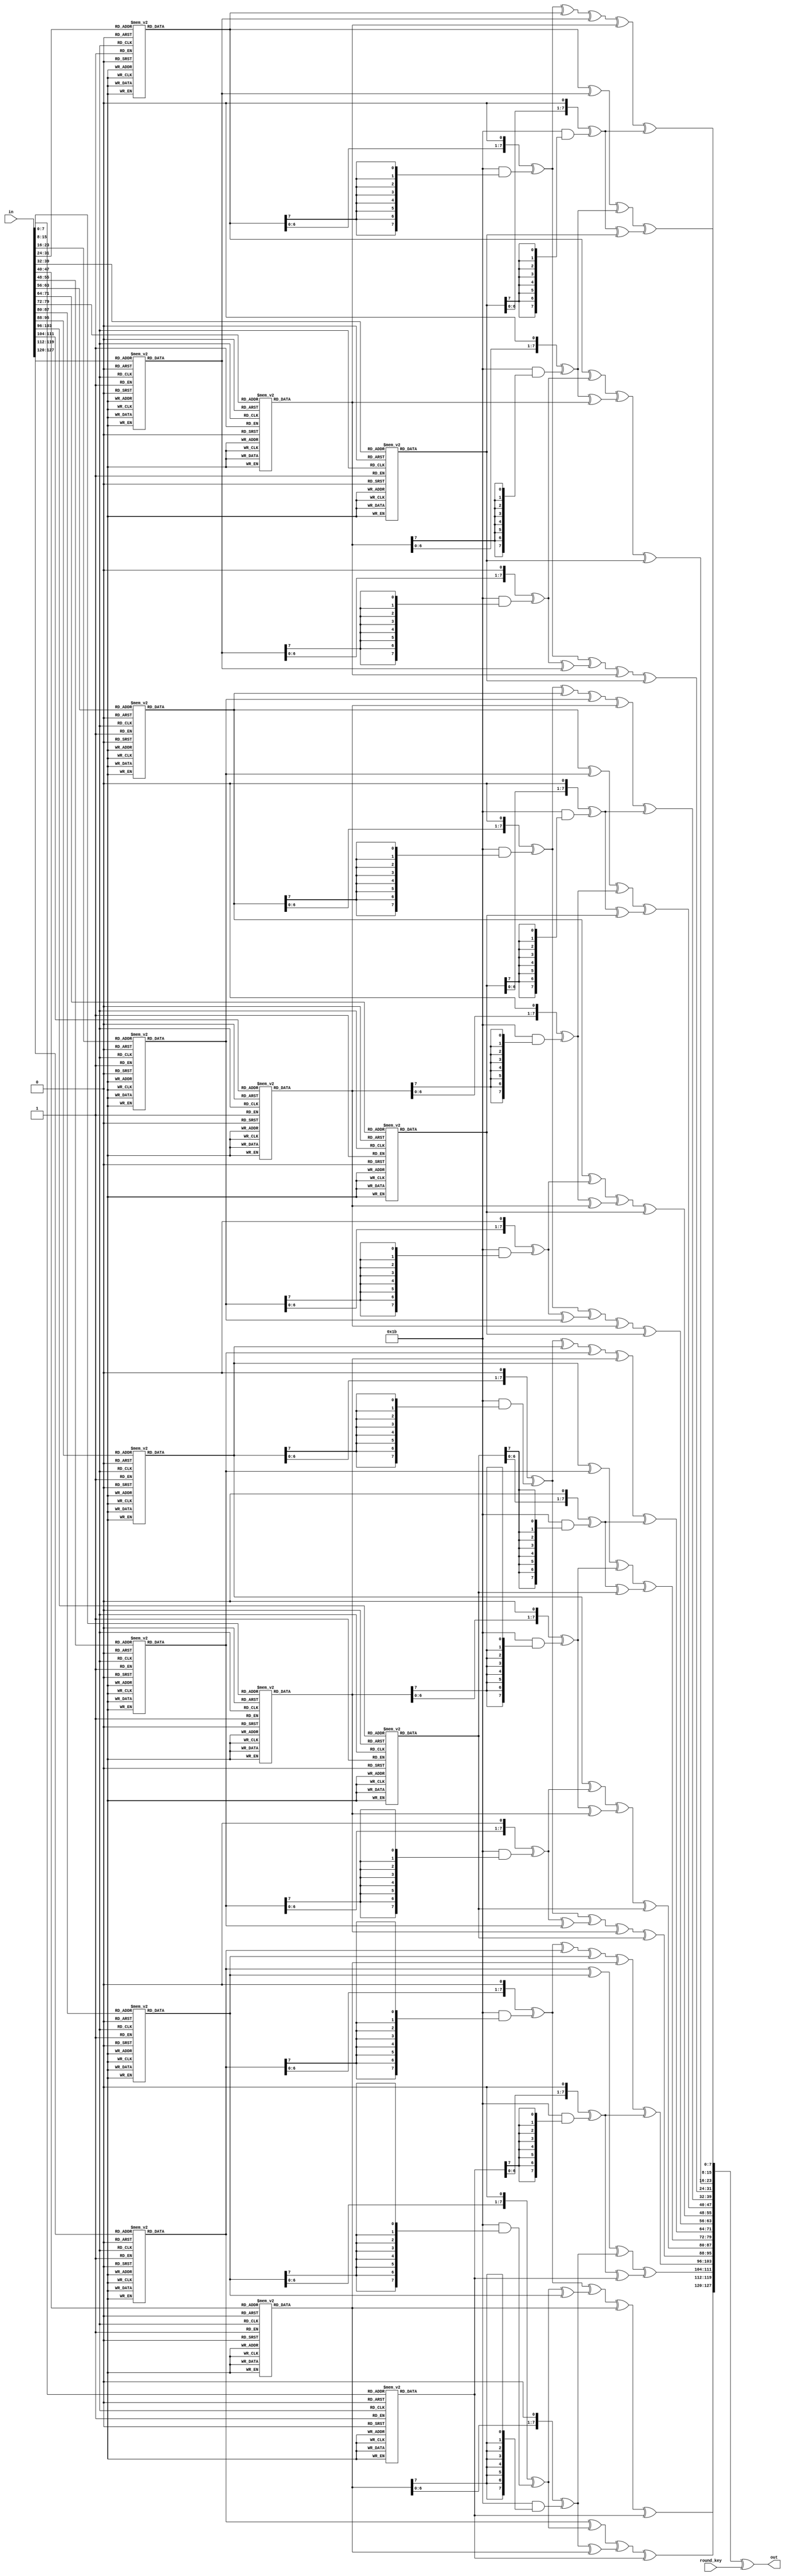
//======================================================================
//
// snow5_aes_round.v
// -----------------
// The AES encipher round function used in the SNOW-V core.
// This is a combinational block.
//
//
// Copyright (c) 2019, Assured AB
// All rights reserved.
//
// Redistribution and use in source and binary forms, with or
// without modification, are permitted provided that the following
// conditions are met:
//
// 1. Redistributions of source code must retain the above copyright
//    notice, this list of conditions and the following disclaimer.
//
// 2. Redistributions in binary form must reproduce the above copyright
//    notice, this list of conditions and the following disclaimer in
//    the documentation and/or other materials provided with the
//    distribution.
//
// THIS SOFTWARE IS PROVIDED BY THE COPYRIGHT HOLDERS AND CONTRIBUTORS
// "AS IS" AND ANY EXPRESS OR IMPLIED WARRANTIES, INCLUDING, BUT NOT
// LIMITED TO, THE IMPLIED WARRANTIES OF MERCHANTABILITY AND FITNESS
// FOR A PARTICULAR PURPOSE ARE DISCLAIMED. IN NO EVENT SHALL THE
// COPYRIGHT OWNER OR CONTRIBUTORS BE LIABLE FOR ANY DIRECT, INDIRECT,
// INCIDENTAL, SPECIAL, EXEMPLARY, OR CONSEQUENTIAL DAMAGES (INCLUDING,
// BUT NOT LIMITED TO, PROCUREMENT OF SUBSTITUTE GOODS OR SERVICES;
// LOSS OF USE, DATA, OR PROFITS; OR BUSINESS INTERRUPTION) HOWEVER
// CAUSED AND ON ANY THEORY OF LIABILITY, WHETHER IN CONTRACT,
// STRICT LIABILITY, OR TORT (INCLUDING NEGLIGENCE OR OTHERWISE)
// ARISING IN ANY WAY OUT OF THE USE OF THIS SOFTWARE, EVEN IF
// ADVISED OF THE POSSIBILITY OF SUCH DAMAGE.
//
//======================================================================

module snow5_aes_round(
                       input wire [127 : 0]  round_key,
                       input wire [127 : 0]  in,
                       output wire [127 : 0] out
                      );

  //----------------------------------------------------------------
  // Round functions with sub functions.
  //----------------------------------------------------------------
  function [7 : 0] sbox(input [7 : 0] b);
    begin
      case (b)
        8'h00: sbox = 8'h63;
        8'h01: sbox = 8'h7c;
        8'h02: sbox = 8'h77;
        8'h03: sbox = 8'h7b;
        8'h04: sbox = 8'hf2;
        8'h05: sbox = 8'h6b;
        8'h06: sbox = 8'h6f;
        8'h07: sbox = 8'hc5;
        8'h08: sbox = 8'h30;
        8'h09: sbox = 8'h01;
        8'h0a: sbox = 8'h67;
        8'h0b: sbox = 8'h2b;
        8'h0c: sbox = 8'hfe;
        8'h0d: sbox = 8'hd7;
        8'h0e: sbox = 8'hab;
        8'h0f: sbox = 8'h76;
        8'h10: sbox = 8'hca;
        8'h11: sbox = 8'h82;
        8'h12: sbox = 8'hc9;
        8'h13: sbox = 8'h7d;
        8'h14: sbox = 8'hfa;
        8'h15: sbox = 8'h59;
        8'h16: sbox = 8'h47;
        8'h17: sbox = 8'hf0;
        8'h18: sbox = 8'had;
        8'h19: sbox = 8'hd4;
        8'h1a: sbox = 8'ha2;
        8'h1b: sbox = 8'haf;
        8'h1c: sbox = 8'h9c;
        8'h1d: sbox = 8'ha4;
        8'h1e: sbox = 8'h72;
        8'h1f: sbox = 8'hc0;
        8'h20: sbox = 8'hb7;
        8'h21: sbox = 8'hfd;
        8'h22: sbox = 8'h93;
        8'h23: sbox = 8'h26;
        8'h24: sbox = 8'h36;
        8'h25: sbox = 8'h3f;
        8'h26: sbox = 8'hf7;
        8'h27: sbox = 8'hcc;
        8'h28: sbox = 8'h34;
        8'h29: sbox = 8'ha5;
        8'h2a: sbox = 8'he5;
        8'h2b: sbox = 8'hf1;
        8'h2c: sbox = 8'h71;
        8'h2d: sbox = 8'hd8;
        8'h2e: sbox = 8'h31;
        8'h2f: sbox = 8'h15;
        8'h30: sbox = 8'h04;
        8'h31: sbox = 8'hc7;
        8'h32: sbox = 8'h23;
        8'h33: sbox = 8'hc3;
        8'h34: sbox = 8'h18;
        8'h35: sbox = 8'h96;
        8'h36: sbox = 8'h05;
        8'h37: sbox = 8'h9a;
        8'h38: sbox = 8'h07;
        8'h39: sbox = 8'h12;
        8'h3a: sbox = 8'h80;
        8'h3b: sbox = 8'he2;
        8'h3c: sbox = 8'heb;
        8'h3d: sbox = 8'h27;
        8'h3e: sbox = 8'hb2;
        8'h3f: sbox = 8'h75;
        8'h40: sbox = 8'h09;
        8'h41: sbox = 8'h83;
        8'h42: sbox = 8'h2c;
        8'h43: sbox = 8'h1a;
        8'h44: sbox = 8'h1b;
        8'h45: sbox = 8'h6e;
        8'h46: sbox = 8'h5a;
        8'h47: sbox = 8'ha0;
        8'h48: sbox = 8'h52;
        8'h49: sbox = 8'h3b;
        8'h4a: sbox = 8'hd6;
        8'h4b: sbox = 8'hb3;
        8'h4c: sbox = 8'h29;
        8'h4d: sbox = 8'he3;
        8'h4e: sbox = 8'h2f;
        8'h4f: sbox = 8'h84;
        8'h50: sbox = 8'h53;
        8'h51: sbox = 8'hd1;
        8'h52: sbox = 8'h00;
        8'h53: sbox = 8'hed;
        8'h54: sbox = 8'h20;
        8'h55: sbox = 8'hfc;
        8'h56: sbox = 8'hb1;
        8'h57: sbox = 8'h5b;
        8'h58: sbox = 8'h6a;
        8'h59: sbox = 8'hcb;
        8'h5a: sbox = 8'hbe;
        8'h5b: sbox = 8'h39;
        8'h5c: sbox = 8'h4a;
        8'h5d: sbox = 8'h4c;
        8'h5e: sbox = 8'h58;
        8'h5f: sbox = 8'hcf;
        8'h60: sbox = 8'hd0;
        8'h61: sbox = 8'hef;
        8'h62: sbox = 8'haa;
        8'h63: sbox = 8'hfb;
        8'h64: sbox = 8'h43;
        8'h65: sbox = 8'h4d;
        8'h66: sbox = 8'h33;
        8'h67: sbox = 8'h85;
        8'h68: sbox = 8'h45;
        8'h69: sbox = 8'hf9;
        8'h6a: sbox = 8'h02;
        8'h6b: sbox = 8'h7f;
        8'h6c: sbox = 8'h50;
        8'h6d: sbox = 8'h3c;
        8'h6e: sbox = 8'h9f;
        8'h6f: sbox = 8'ha8;
        8'h70: sbox = 8'h51;
        8'h71: sbox = 8'ha3;
        8'h72: sbox = 8'h40;
        8'h73: sbox = 8'h8f;
        8'h74: sbox = 8'h92;
        8'h75: sbox = 8'h9d;
        8'h76: sbox = 8'h38;
        8'h77: sbox = 8'hf5;
        8'h78: sbox = 8'hbc;
        8'h79: sbox = 8'hb6;
        8'h7a: sbox = 8'hda;
        8'h7b: sbox = 8'h21;
        8'h7c: sbox = 8'h10;
        8'h7d: sbox = 8'hff;
        8'h7e: sbox = 8'hf3;
        8'h7f: sbox = 8'hd2;
        8'h80: sbox = 8'hcd;
        8'h81: sbox = 8'h0c;
        8'h82: sbox = 8'h13;
        8'h83: sbox = 8'hec;
        8'h84: sbox = 8'h5f;
        8'h85: sbox = 8'h97;
        8'h86: sbox = 8'h44;
        8'h87: sbox = 8'h17;
        8'h88: sbox = 8'hc4;
        8'h89: sbox = 8'ha7;
        8'h8a: sbox = 8'h7e;
        8'h8b: sbox = 8'h3d;
        8'h8c: sbox = 8'h64;
        8'h8d: sbox = 8'h5d;
        8'h8e: sbox = 8'h19;
        8'h8f: sbox = 8'h73;
        8'h90: sbox = 8'h60;
        8'h91: sbox = 8'h81;
        8'h92: sbox = 8'h4f;
        8'h93: sbox = 8'hdc;
        8'h94: sbox = 8'h22;
        8'h95: sbox = 8'h2a;
        8'h96: sbox = 8'h90;
        8'h97: sbox = 8'h88;
        8'h98: sbox = 8'h46;
        8'h99: sbox = 8'hee;
        8'h9a: sbox = 8'hb8;
        8'h9b: sbox = 8'h14;
        8'h9c: sbox = 8'hde;
        8'h9d: sbox = 8'h5e;
        8'h9e: sbox = 8'h0b;
        8'h9f: sbox = 8'hdb;
        8'ha0: sbox = 8'he0;
        8'ha1: sbox = 8'h32;
        8'ha2: sbox = 8'h3a;
        8'ha3: sbox = 8'h0a;
        8'ha4: sbox = 8'h49;
        8'ha5: sbox = 8'h06;
        8'ha6: sbox = 8'h24;
        8'ha7: sbox = 8'h5c;
        8'ha8: sbox = 8'hc2;
        8'ha9: sbox = 8'hd3;
        8'haa: sbox = 8'hac;
        8'hab: sbox = 8'h62;
        8'hac: sbox = 8'h91;
        8'had: sbox = 8'h95;
        8'hae: sbox = 8'he4;
        8'haf: sbox = 8'h79;
        8'hb0: sbox = 8'he7;
        8'hb1: sbox = 8'hc8;
        8'hb2: sbox = 8'h37;
        8'hb3: sbox = 8'h6d;
        8'hb4: sbox = 8'h8d;
        8'hb5: sbox = 8'hd5;
        8'hb6: sbox = 8'h4e;
        8'hb7: sbox = 8'ha9;
        8'hb8: sbox = 8'h6c;
        8'hb9: sbox = 8'h56;
        8'hba: sbox = 8'hf4;
        8'hbb: sbox = 8'hea;
        8'hbc: sbox = 8'h65;
        8'hbd: sbox = 8'h7a;
        8'hbe: sbox = 8'hae;
        8'hbf: sbox = 8'h08;
        8'hc0: sbox = 8'hba;
        8'hc1: sbox = 8'h78;
        8'hc2: sbox = 8'h25;
        8'hc3: sbox = 8'h2e;
        8'hc4: sbox = 8'h1c;
        8'hc5: sbox = 8'ha6;
        8'hc6: sbox = 8'hb4;
        8'hc7: sbox = 8'hc6;
        8'hc8: sbox = 8'he8;
        8'hc9: sbox = 8'hdd;
        8'hca: sbox = 8'h74;
        8'hcb: sbox = 8'h1f;
        8'hcc: sbox = 8'h4b;
        8'hcd: sbox = 8'hbd;
        8'hce: sbox = 8'h8b;
        8'hcf: sbox = 8'h8a;
        8'hd0: sbox = 8'h70;
        8'hd1: sbox = 8'h3e;
        8'hd2: sbox = 8'hb5;
        8'hd3: sbox = 8'h66;
        8'hd4: sbox = 8'h48;
        8'hd5: sbox = 8'h03;
        8'hd6: sbox = 8'hf6;
        8'hd7: sbox = 8'h0e;
        8'hd8: sbox = 8'h61;
        8'hd9: sbox = 8'h35;
        8'hda: sbox = 8'h57;
        8'hdb: sbox = 8'hb9;
        8'hdc: sbox = 8'h86;
        8'hdd: sbox = 8'hc1;
        8'hde: sbox = 8'h1d;
        8'hdf: sbox = 8'h9e;
        8'he0: sbox = 8'he1;
        8'he1: sbox = 8'hf8;
        8'he2: sbox = 8'h98;
        8'he3: sbox = 8'h11;
        8'he4: sbox = 8'h69;
        8'he5: sbox = 8'hd9;
        8'he6: sbox = 8'h8e;
        8'he7: sbox = 8'h94;
        8'he8: sbox = 8'h9b;
        8'he9: sbox = 8'h1e;
        8'hea: sbox = 8'h87;
        8'heb: sbox = 8'he9;
        8'hec: sbox = 8'hce;
        8'hed: sbox = 8'h55;
        8'hee: sbox = 8'h28;
        8'hef: sbox = 8'hdf;
        8'hf0: sbox = 8'h8c;
        8'hf1: sbox = 8'ha1;
        8'hf2: sbox = 8'h89;
        8'hf3: sbox = 8'h0d;
        8'hf4: sbox = 8'hbf;
        8'hf5: sbox = 8'he6;
        8'hf6: sbox = 8'h42;
        8'hf7: sbox = 8'h68;
        8'hf8: sbox = 8'h41;
        8'hf9: sbox = 8'h99;
        8'hfa: sbox = 8'h2d;
        8'hfb: sbox = 8'h0f;
        8'hfc: sbox = 8'hb0;
        8'hfd: sbox = 8'h54;
        8'hfe: sbox = 8'hbb;
        8'hff: sbox = 8'h16;
      endcase // case (b)
    end
  endfunction // sbox

  function [127 : 0] subbytes(input [127 : 0] block);
    begin
      subbytes = {sbox(block[127 : 120]), sbox(block[119 : 112]),
                  sbox(block[111 : 104]), sbox(block[103 : 096]),
                  sbox(block[095 : 088]), sbox(block[087 : 080]),
                  sbox(block[079 : 072]), sbox(block[071 : 064]),
                  sbox(block[063 : 056]), sbox(block[055 : 048]),
                  sbox(block[047 : 040]), sbox(block[039 : 032]),
                  sbox(block[031 : 024]), sbox(block[023 : 016]),
                  sbox(block[015 : 008]), sbox(block[007 : 000])};
    end
  endfunction // subbytes

  function [7 : 0] gm2(input [7 : 0] op);
    begin
      gm2 = {op[6 : 0], 1'b0} ^ (8'h1b & {8{op[7]}});
    end
  endfunction // gm2

  function [7 : 0] gm3(input [7 : 0] op);
    begin
      gm3 = gm2(op) ^ op;
    end
  endfunction // gm3

  function [31 : 0] mixw(input [31 : 0] w);
    reg [7 : 0] b0, b1, b2, b3;
    reg [7 : 0] mb0, mb1, mb2, mb3;
    begin
      b0 = w[31 : 24];
      b1 = w[23 : 16];
      b2 = w[15 : 08];
      b3 = w[07 : 00];

      mb0 = gm2(b0) ^ gm3(b1) ^ b2      ^ b3;
      mb1 = b0      ^ gm2(b1) ^ gm3(b2) ^ b3;
      mb2 = b0      ^ b1      ^ gm2(b2) ^ gm3(b3);
      mb3 = gm3(b0) ^ b1      ^ b2      ^ gm2(b3);

      mixw = {mb0, mb1, mb2, mb3};
    end
  endfunction // mixw

  function [127 : 0] mixcolumns(input [127 : 0] data);
    reg [31 : 0] w0, w1, w2, w3;
    reg [31 : 0] ws0, ws1, ws2, ws3;
    begin
      w0 = data[127 : 096];
      w1 = data[095 : 064];
      w2 = data[063 : 032];
      w3 = data[031 : 000];

      ws0 = mixw(w0);
      ws1 = mixw(w1);
      ws2 = mixw(w2);
      ws3 = mixw(w3);

      mixcolumns = {ws0, ws1, ws2, ws3};
    end
  endfunction // mixcolumns

  function [127 : 0] shiftrows(input [127 : 0] data);
    reg [31 : 0] w0, w1, w2, w3;
    reg [31 : 0] ws0, ws1, ws2, ws3;
    begin
      w0 = data[127 : 096];
      w1 = data[095 : 064];
      w2 = data[063 : 032];
      w3 = data[031 : 000];

      ws0 = {w0[31 : 24], w1[23 : 16], w2[15 : 08], w3[07 : 00]};
      ws1 = {w1[31 : 24], w2[23 : 16], w3[15 : 08], w0[07 : 00]};
      ws2 = {w2[31 : 24], w3[23 : 16], w0[15 : 08], w1[07 : 00]};
      ws3 = {w3[31 : 24], w0[23 : 16], w1[15 : 08], w2[07 : 00]};

      shiftrows = {ws0, ws1, ws2, ws3};
    end
  endfunction // shiftrows

  function [127 : 0] addroundkey(input [127 : 0] data, input [127 : 0] rkey);
    begin
      addroundkey = data ^ rkey;
    end
  endfunction // addroundkey


  //----------------------------------------------------------------
  // Wires.
  //----------------------------------------------------------------
  reg [127 : 0] tmp_out;


  //----------------------------------------------------------------
  // Concurrent connectivity for ports etc.
  //----------------------------------------------------------------
  assign out = tmp_out;


  //----------------------------------------------------------------
  // aes_round
  //----------------------------------------------------------------
  always @*
    begin : aes_round
      reg [127 : 0] subbytes_block, shiftrows_block, mixcolumns_block;

      subbytes_block   = subbytes(in);
      shiftrows_block  = shiftrows(subbytes_block);
      mixcolumns_block = mixcolumns(shiftrows_block);
      tmp_out          = addroundkey(mixcolumns_block, round_key);
    end // aes_round
endmodule // snow5_aes_round

//======================================================================
// EOF snow5_aes_round.v
//======================================================================